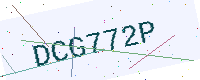
Text: DCG772P